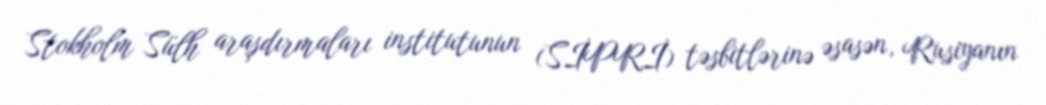
Stokholm Sülh araşdırmaları institutunun (SİPRİ) təsbitlərinə əsasən, Rusiyanın